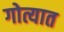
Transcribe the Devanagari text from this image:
गोत्यात